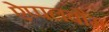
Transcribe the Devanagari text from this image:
ऐप्पलबौम